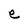
Character: e